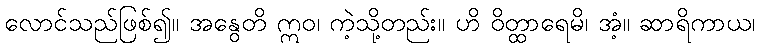
လောင်သည်ဖြစ်၍။ အနွေတိ ဣဝ၊ ကဲ့သို့တည်း။ ဟိ ဝိတ္ထာရေမိ၊ အံ့။ ဆာရိကာယ၊